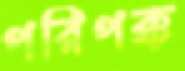
পরিপক্ক